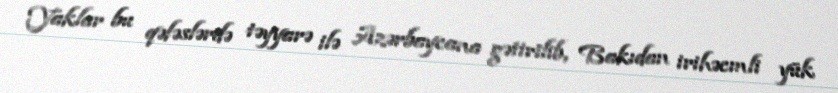
Yaklar bu qəfəslərdə təyyarə ilə Azərbaycana gətirilib, Bakıdan irihəcmli yük